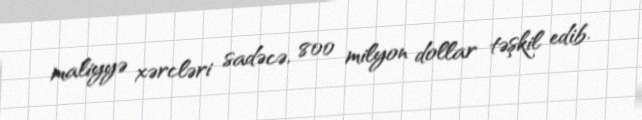
maliyyə xərcləri sadəcə, 800 milyon dollar təşkil edib.